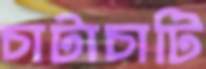
চাটাচাটি